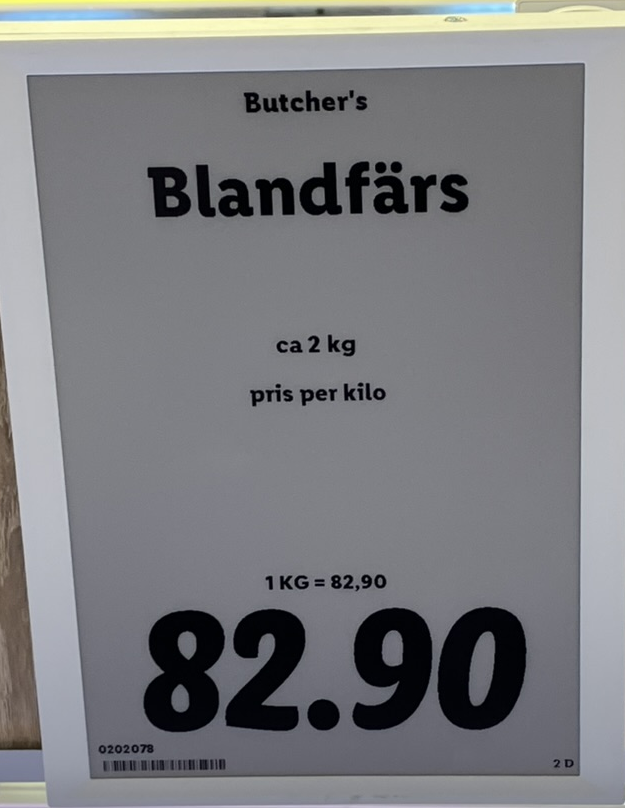
Vara: Bakpulver
Genomsnittspris: 82.9 per kg